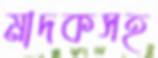
মাদকসহ